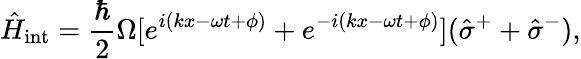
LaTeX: \hat{H}_{\mathrm{int}}=\frac{\hbar}{2}\Omega[e^{i(kx-\omega t+\phi)}+e^{-i(kx-\omega t+\phi)}](\hat{\sigma}^{+}+\hat{\sigma}^{-}),